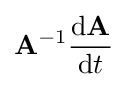
\mathbf {A} ^{-1}{\frac {\mathrm {d} \mathbf {A} }{\mathrm {d} t}}